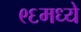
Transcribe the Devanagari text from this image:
९६मध्ये